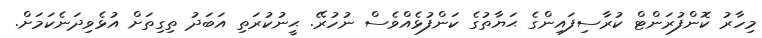
މިހާރު ކޮންފުރަންޓް ކުރާސިފައިންގެ ޙަޔާތުގެ ކަންފުޅެއްވެސް ނުހުރޭ. ޙީނުކުރަތި އަބަދު ތިގިތަށް އުޅެވިދަނެކަމަށް.